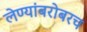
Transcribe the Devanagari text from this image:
लेण्यांबरोबरच